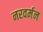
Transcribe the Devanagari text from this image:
नरवर्मन